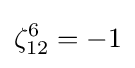
\zeta _{12}^{6}=-1